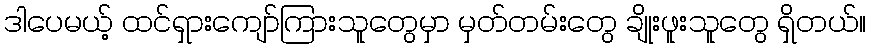
ဒါပေမယ့် ထင်ရှားကျော်ကြားသူတွေမှာ မှတ်တမ်းတွေ ချိုးဖူးသူတွေ ရှိတယ်။